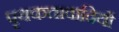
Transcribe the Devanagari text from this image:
पृथकतावादियों